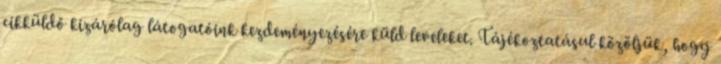
cikküldő kizárólag látogatóink kezdeményezésére küld leveleket. Tájékoztatásul közöljük, hogy